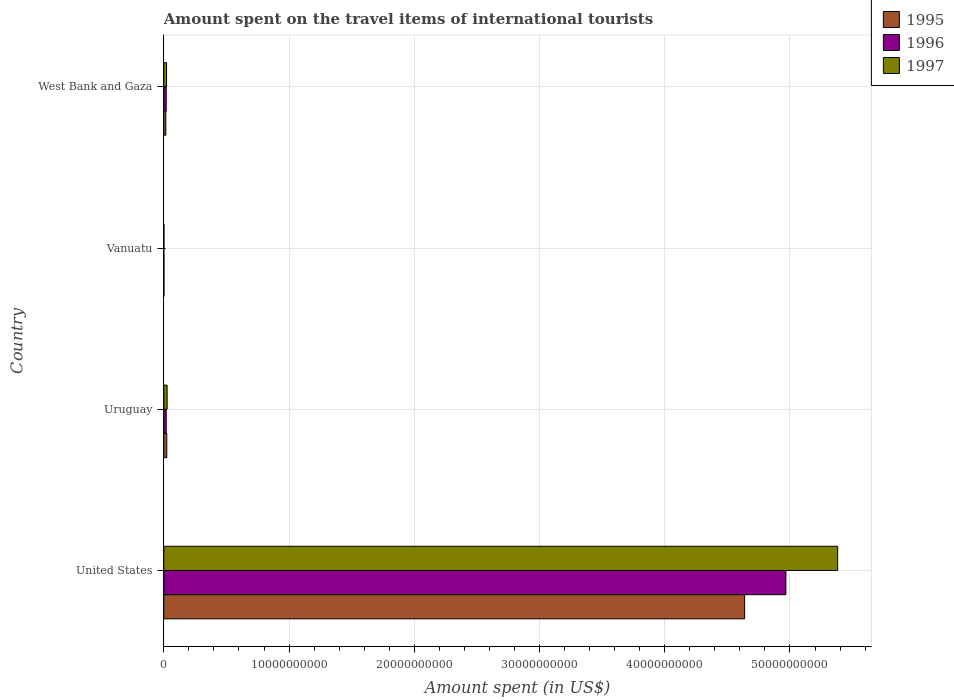
| Country | 1995 | 1996 | 1997 |
 | --- | --- | --- | --- |
 | United States | 4.64e+10 | 4.97e+10 | 5.38e+10 |
 | Uruguay | 2.36e+08 | 1.92e+08 | 2.64e+08 |
 | Vanuatu | 5e+06 | 5e+06 | 5e+06 |
 | West Bank and Gaza | 1.62e+08 | 1.91e+08 | 2.18e+08 |